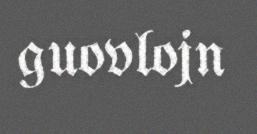
guovlojn